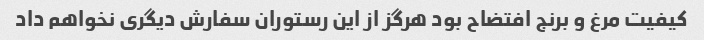
کیفیت مرغ و برنج افتضاح بود هرگز از این رستوران سفارش دیگری نخواهم داد